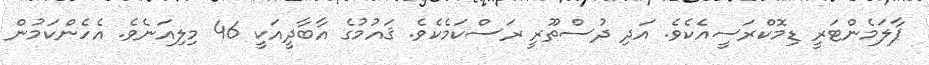
ޕާލަމެންޓަރީ ޑިމޮކްރަސީއެކެވެ. އަދި ދުސްތޫރީ ރަސްކަމެކެވެ. ޤައުމުގެ އާބާދީއަކީ 46 މިލިއަނެވެ. އެހެންކަމުން